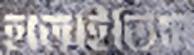
হাতাইতিস